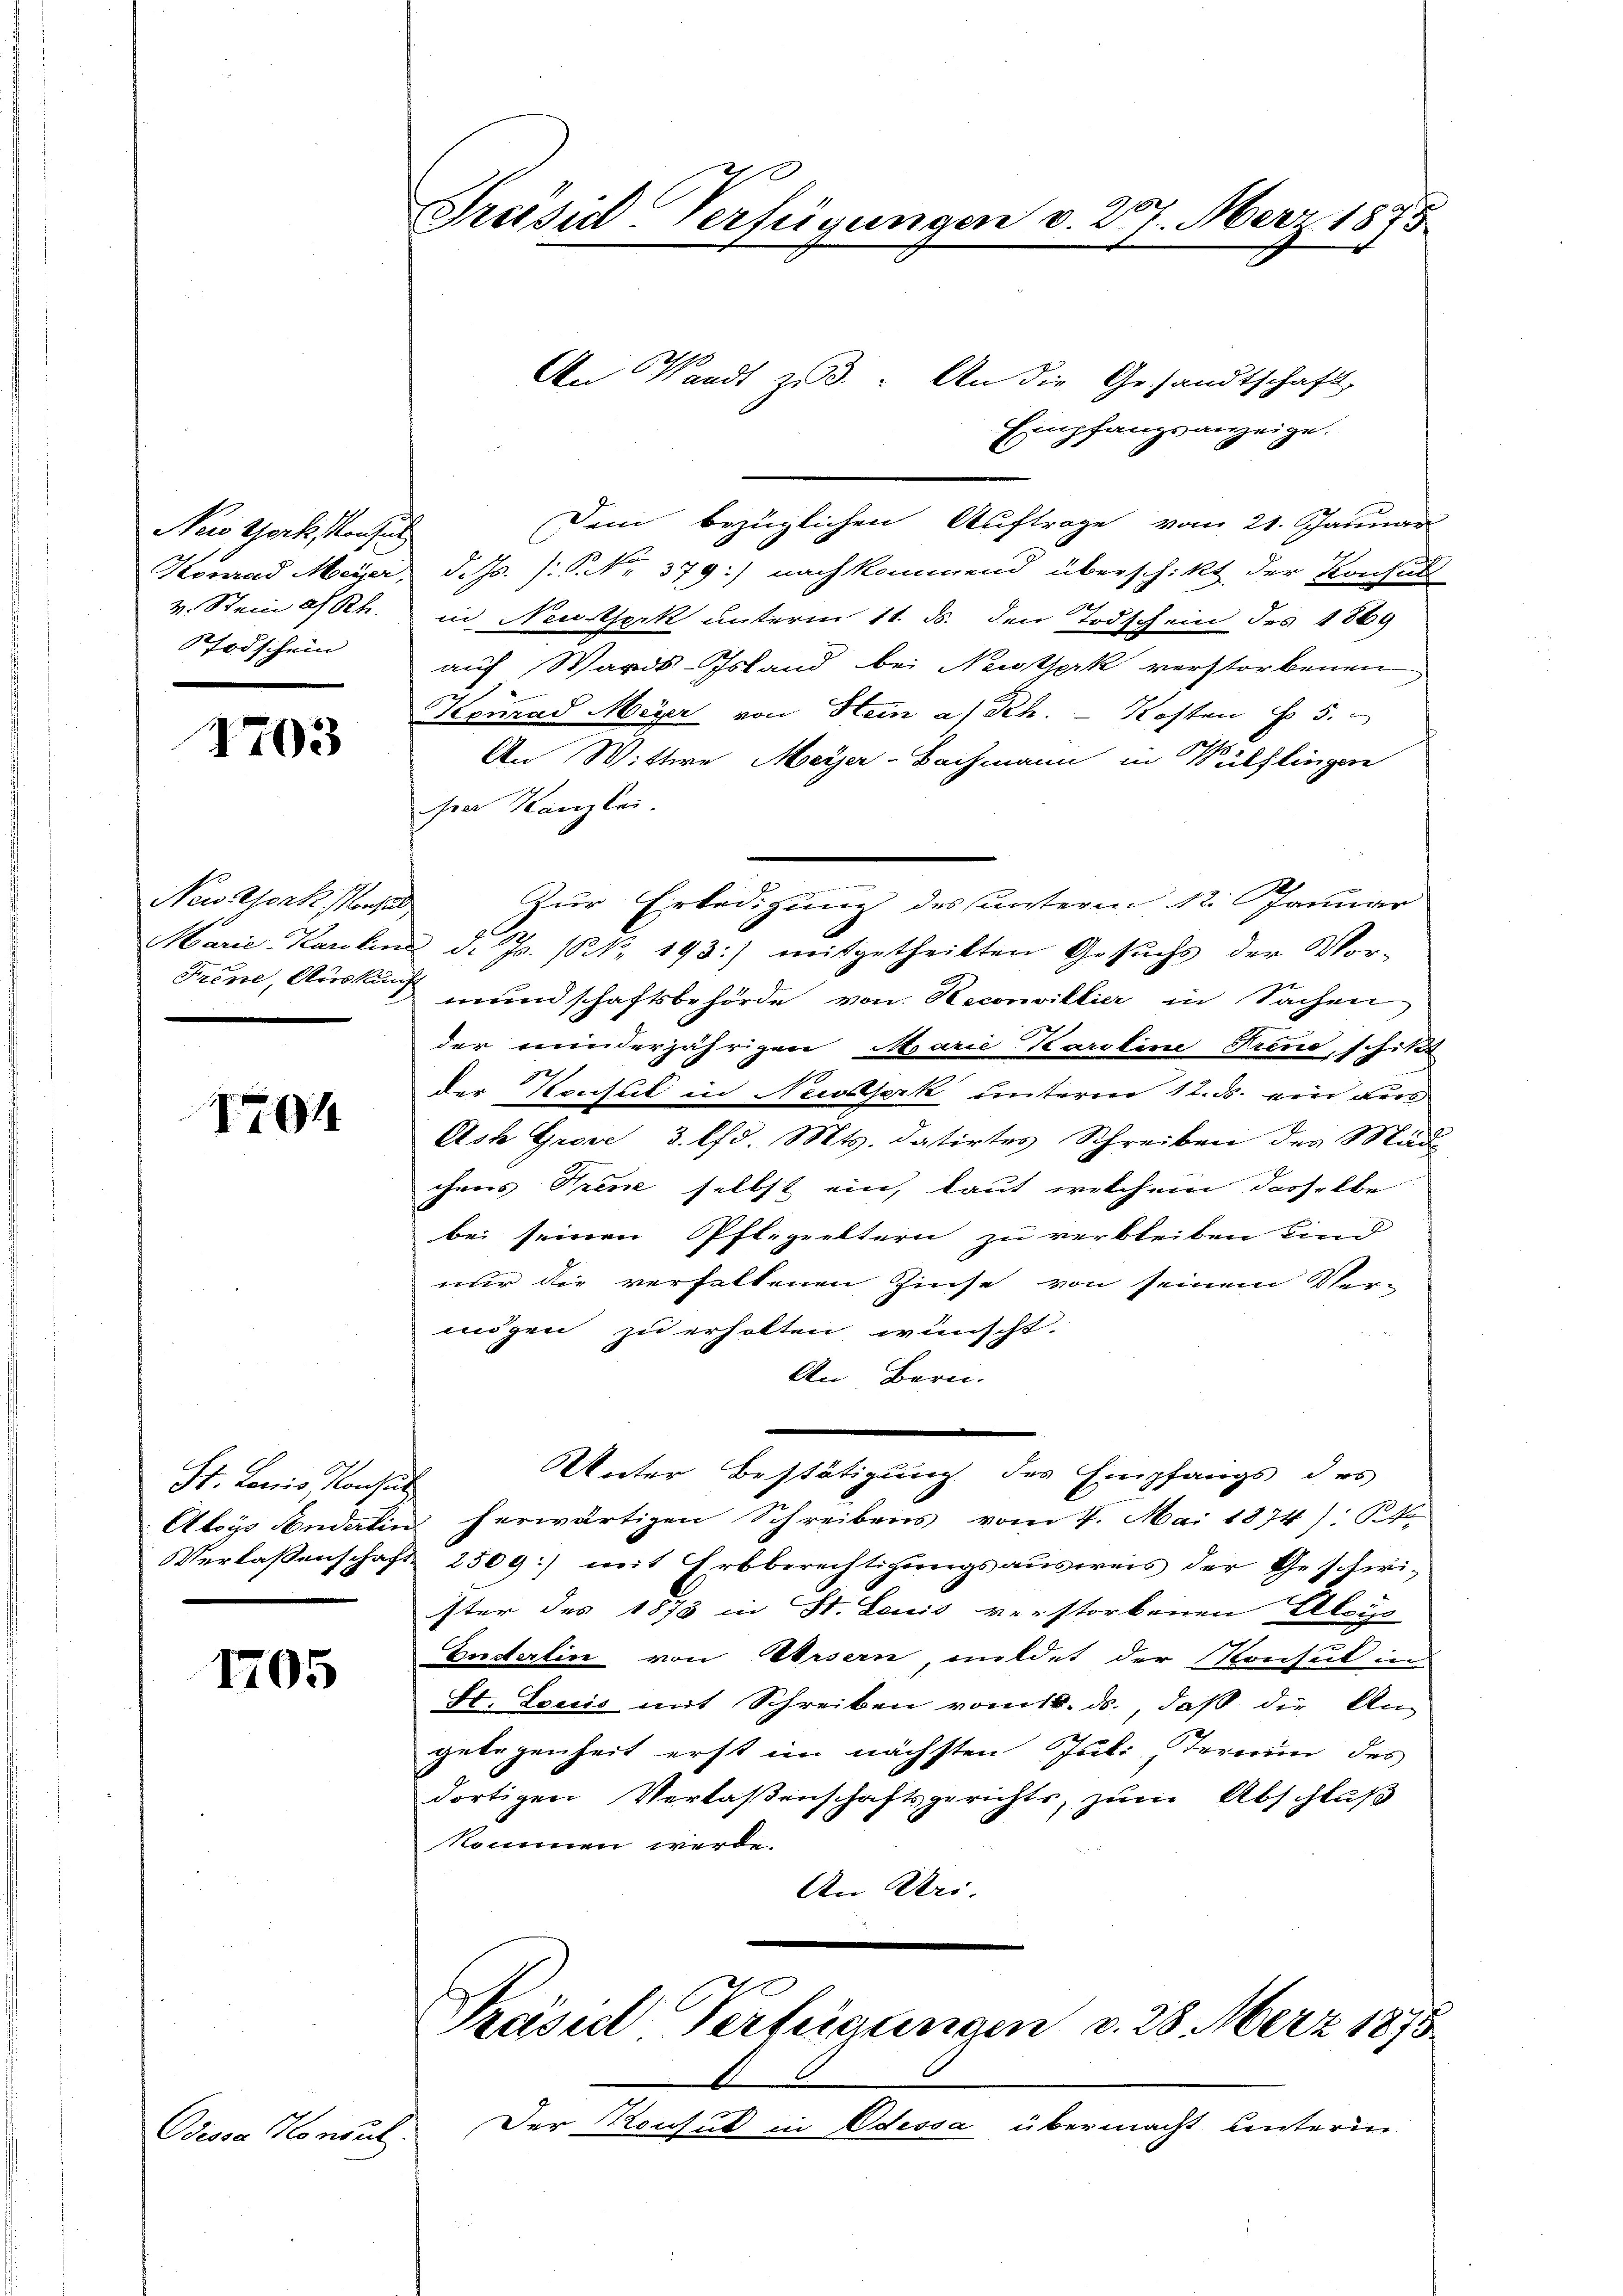
New York konsul
v. Stein a. Rh.
STodschein

1703

Nowsork, Konsul

I91

St. Louis Konsul

1705

Odessa Konsul

Präsid Verfügungen v. 27. März 1875

An Waadt zu 3. An die Gesandtschaft
Empfangsanzeige.
Dem bezüglichen Auftrage vom 21. Januar
Konrad Meyer, d. Js. /: P. Nr. 379.) nachkommend überschikt der Konsult
in Neusterk unterm 11. ds. den Todschein des 1869
auf Ward-Istand bei Neusterk verstorbenen
Kerrad Meyer von Heim a/Rh. - Kosten § 5.
An Wittwe Meyer-Bachmann in Wülflingen
se Kanzlei.
Zur Erledigung des unterm 12. Januar
Marie Karolina d. Js. (N. 193:) mitgetheilten Gesuchs der Vor-
Frene, Ausser mundschaftsbehörde von Reconvillier in Sachen
der minderjährigen Marie Karoline Trend, schikt
der Konsul in Neeserk unterm 12. ds. ein aus
Ash Grose, 3. lfd. Mts. datirtes Schreiben des Mäd
chens Trene selbst ein, laut welchem dasselbe
bei seinen Pflegeeltern zu verbleiben und
nur die verhaltenen Zinse von seinem Ver-
migen zu erhalten wünscht.
An Bern.
Unter Bestätigung des Empfangs des
Aloys Sondaten herwärtigen Schreibens vom 4. Mai 1874): K
Verlassenschaft 2509 mit Erbberechtigungsausweis der Geschwister des 1873 in St. Louis verstorbenen Alois
Enderlin von Ursern, mildet der Konsul in
St. Louis mit Schreiben vom 18. ds., daß die An-
gelegenheit erst im nächsten Juli, Termin des
dortigen Verlaßenschaftsgerichts, zum Abschluß
kommen werde.
An Uri.
Päsed Verfügungen d. 28. März 1875

Der Reutet in Odessa übermacht unterm